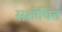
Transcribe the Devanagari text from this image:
सशोधित